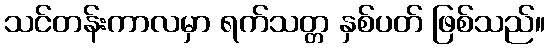
သင်တန်းကာလမှာ ရက်သတ္တ နှစ်ပတ် ဖြစ်သည်။